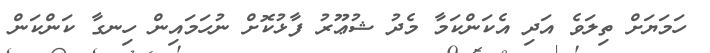
ހަމަޔަށް ތިލަވެ އަދި އެކަންކަމާ މެދު ޝުޢޫރު ފާޅުކޮށް ނުހަމައިން ހިނގާ ކަންކަން